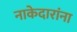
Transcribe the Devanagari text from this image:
नाकेदारांना